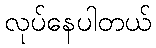
လုပ်နေပါတယ်